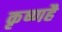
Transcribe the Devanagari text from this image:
कृष्णहै